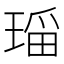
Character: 𱯌